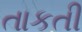
તાકતી